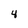
Character: 4